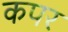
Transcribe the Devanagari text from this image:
कपर